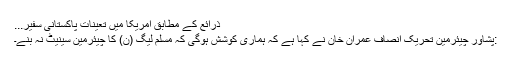
ذرائع کے مطابق امریکا میں تعینات پاکستانی سفیر...
:پشاور چیئرمین تحریک انصاف عمران خان نے کہا ہے کہ ہماری کوشش ہوگی کہ مسلم لیگ (ن) کا چیئرمین سینیٹ نہ بنے۔